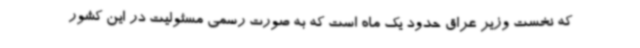
که نخست وزیر عراق حدود یک ماه است که به صورت رسمی مسئولیت در این کشور